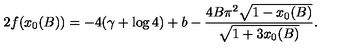
2 f ( x _ { 0 } ( B ) ) = - 4 ( \gamma + \log 4 ) + b - \frac { 4 B { \pi } ^ { 2 } { \sqrt { 1 - x _ { 0 } ( B ) } } } { { \sqrt { 1 + 3 x _ { 0 } ( B ) } } } .